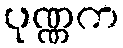
ပုဏ္ဏက